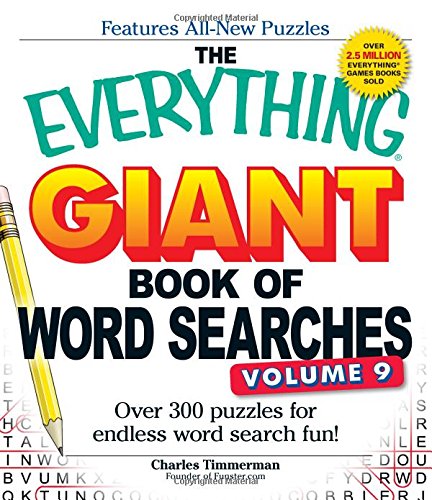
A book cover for The Everything Giant Book of Word Searches, Volume 9: Over 300 Puzzles for Endless Word Search Fun!; Charles Timmerman; Humor & Entertainment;